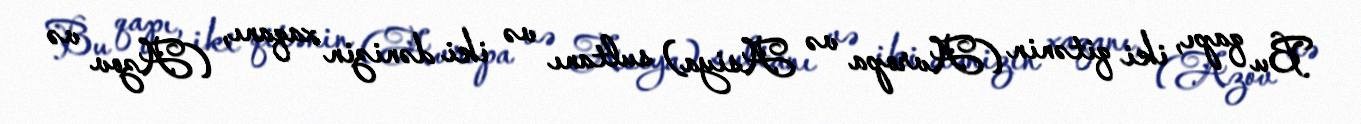
Bu qapı, iki qitənin (Avropa və Asiya) sultanı və iki dənizin xaqanı, (Azov və